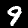
Label: 9